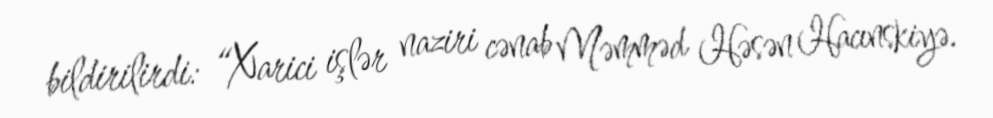
bildirilirdi: “Xarici işlər naziri cənab Məmməd Həsən Hacınskiyə.